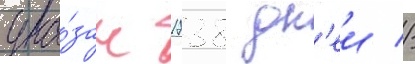
ука́зан 1738 дн'еи //